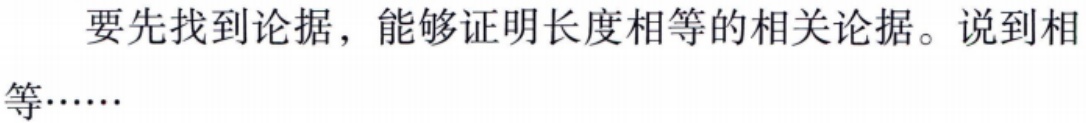
要先找到论据，能够证明长度相等的相关论据。说到相等……